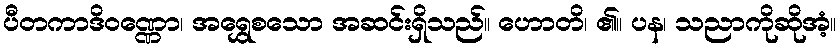
ပီတကာဒိဝဏ္ဏော၊ အရွှေစသော အဆင်းရှိသည်။ ဟောတိ၊ ၏။ ပန၊ သညာကိုဆိုအံ့။